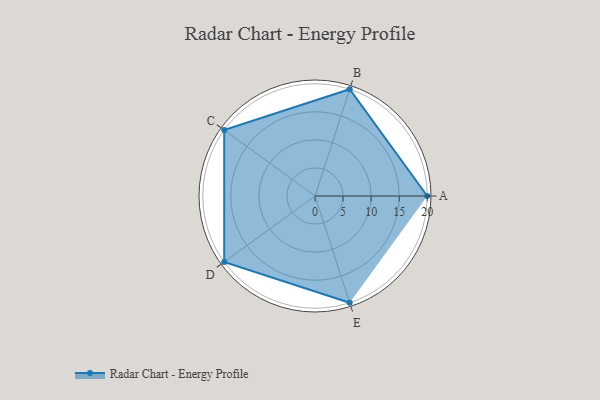
{"axis": {"x": "Skill", "y": "Score"}, "legend": ["Profile"], "data": [{"x": "A", "y": 20.0, "type": "Profile"}, {"x": "B", "y": 20, "type": "Profile"}, {"x": "C", "y": 20, "type": "Profile"}, {"x": "D", "y": 20, "type": "Profile"}, {"x": "E", "y": 20, "type": "Profile"}]}